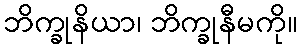
ဘိက္ခုနိယာ၊ ဘိက္ခုနီမကို။